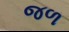
જળ